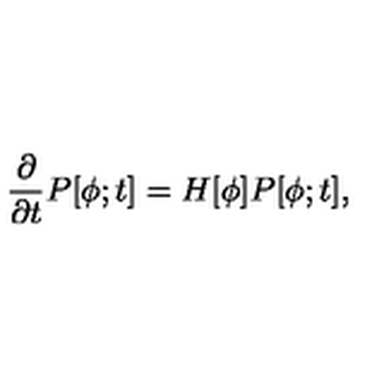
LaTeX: \frac { \partial } { \partial t } P [ \phi ; t ] = H [ \phi ] P [ \phi ; t ] ,